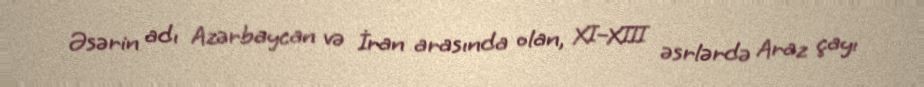
Əsərin adı Azərbaycan və İran arasında olan, XI–XIII əsrlərdə Araz çayı